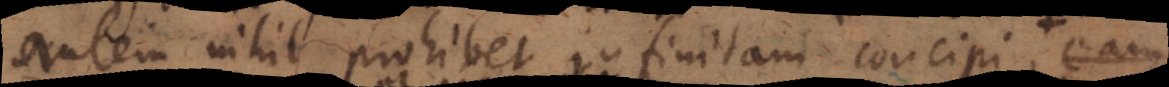
autem nihil prohibet infinitam concipi, nam